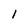
Character: I